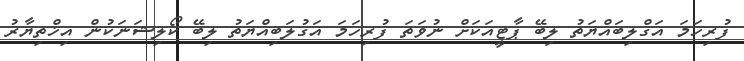
ފުރިހަމަ އަގްލިބައްޔަތު ލިބޭ ޕާޓީއަކަށް ނުވަތަ ފުރިހަމަ އަގުލަބިއްޔަތު ލިބޭ ކޯލިޝަނަކުން އިޚްތިޔާރު